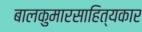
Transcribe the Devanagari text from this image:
बालकुमारसाहित्यकार